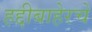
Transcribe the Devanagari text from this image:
हद्दीबाहेरचे